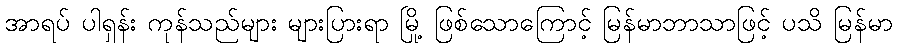
အာရပ် ပါရှန်း ကုန်သည်များ များပြားရာ မြို့ ဖြစ်သောကြောင့် မြန်မာဘာသာဖြင့် ပသိ မြန်မာ